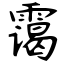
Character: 霭